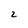
Character: 2